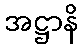
အဋ္ဌာနိ